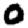
Digit: 0